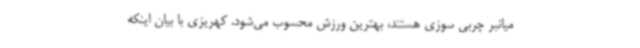
میانبر چربی سوزی هستند، بهترین ورزش محسوب می‌شود. کهریزی با بیان اینکه